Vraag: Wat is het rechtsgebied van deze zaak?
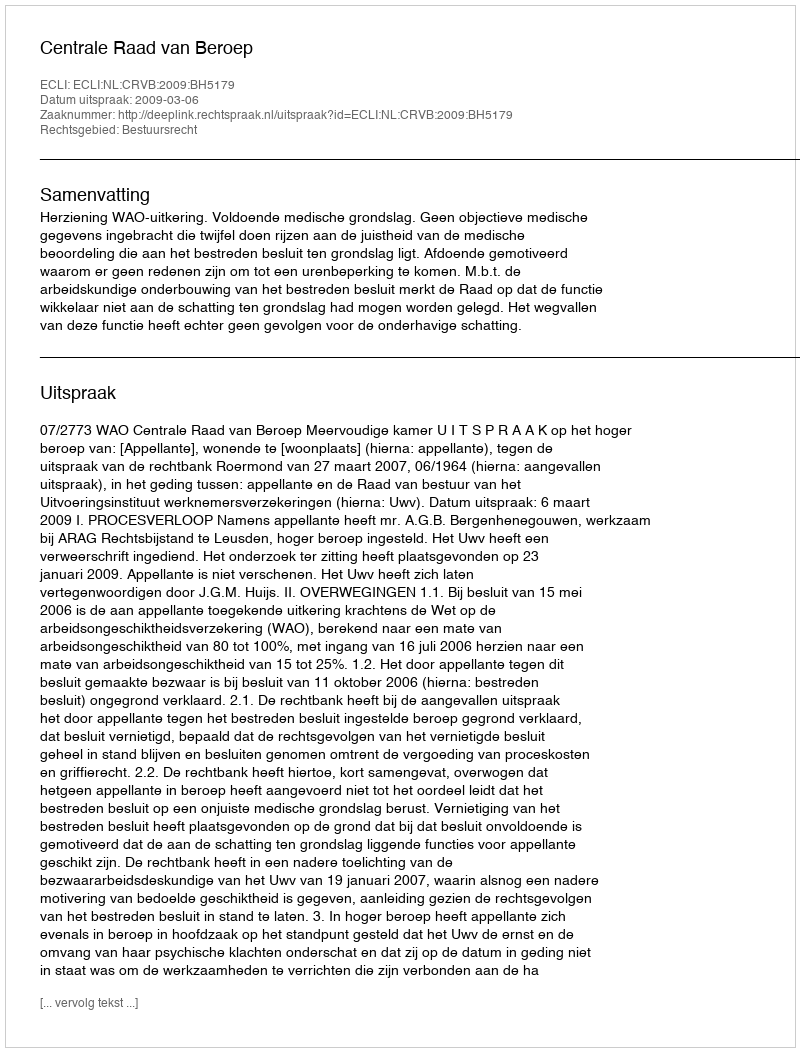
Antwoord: Bestuursrecht